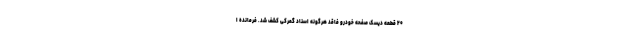
۲۰ قطعه دیسک صفحه خودرو فاقد هرگونه اسناد گمرکی کشف شد. فرمانده ا